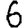
Digit: 6